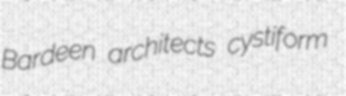
Bardeen architects cystiform